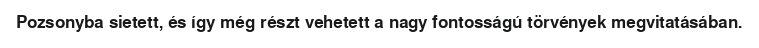
Pozsonyba sietett, és így még részt vehetett a nagy fontosságú törvények megvitatásában.